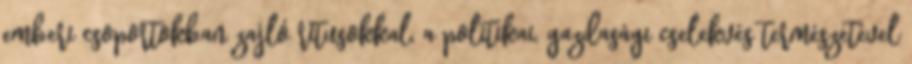
emberi csoportokban zajló rítusokkal, a politikai, gazdasági cselekvés természetével